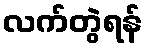
လက်တွဲရန်